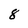
Character: 8